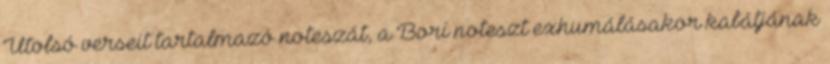
Utolsó verseit tartalmazó noteszát, a Bori noteszt exhumálásakor kabátjának